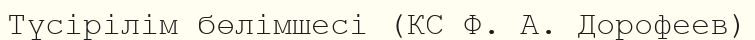
Түсірілім бөлімшесі (КС Ф. А. Дорофеев)